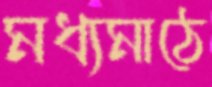
মধ্যমাঠে